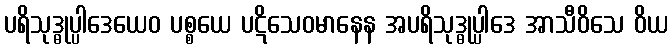
ပရိသုဒ္ဓုပ္ပါဒေယေဝ ပစ္စယေ ပဋိသေဝမာနေန အပရိသုဒ္ဓုပ္ပါဒေ အာသီဝိသေ ဝိယ